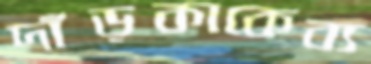
দাঁড়কাকেব্য